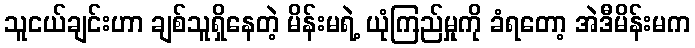
သူငယ်ချင်းဟာ ချစ်သူရှိနေတဲ့ မိန်းမရဲ့ ယုံကြည်မှုကို ခံရတော့ အဲဒီမိန်းမက